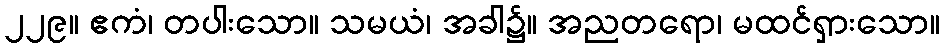
၂၂၉။ ဧကံ၊ တပါးသော။ သမယံ၊ အခါ၌။ အညတရော၊ မထင်ရှားသော။